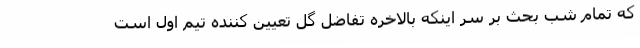
که تمام شب بحث بر سر اینکه بالاخره تفاضل گل تعیین کننده تیم اول است